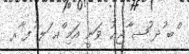
ްބ ުދ ުޝ ާޖޢު ވަނީ އަމި ްއ ަލ ުފ ާރ